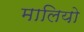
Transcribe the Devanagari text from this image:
मालियो